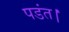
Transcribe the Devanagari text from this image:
पडंत।